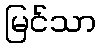
မြင်သာ